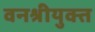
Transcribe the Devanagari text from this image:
वनश्रीयुक्त